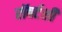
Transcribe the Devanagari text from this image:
रॉबर्टशी